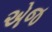
એજ